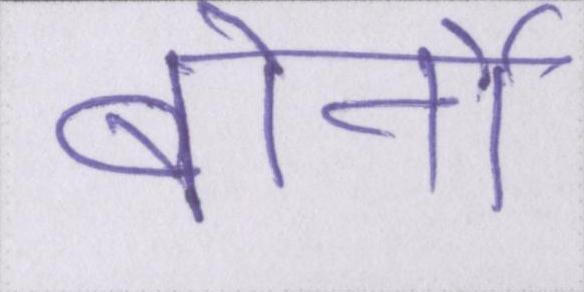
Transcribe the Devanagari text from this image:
बोर्नो